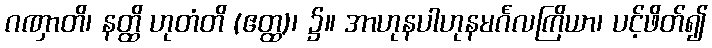
ဂဏှာတိ၊ နတ္ထိ ဟုတံတိ (ဧတ္ထ)၊ ၌။ အာဟုနပါဟုနမင်္ဂလကြိယာ၊ ပင့်ဖိတ်၍